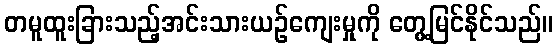
တမူထူးခြားသည့်အင်းသားယဉ်ကျေးမှုကို တွေ့မြင်နိုင်သည်။